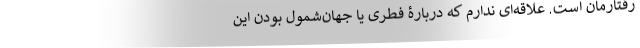
رفتارمان است. علاقه‌ای ندارم که دربارۀ فطری یا جهان‌شمول بودن این